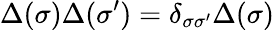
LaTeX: \Delta(\sigma)\Delta(\sigma^{\prime})=\delta_{\sigma\sigma^{\prime}}\Delta(\sigma)